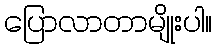
ပြောလာတာမျိုးပါ။